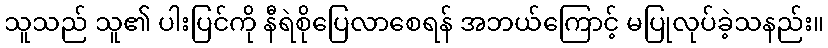
သူသည် သူ၏ ပါးပြင်ကို နီရဲစိုပြေလာစေရန် အဘယ်ကြောင့် မပြုလုပ်ခဲ့သနည်း။